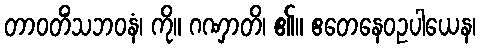
တာဝတိံသဘဝနံ၊ ကို။ ဂဏှာတိ၊ ၏။ ဧတေနေဝဥပါယေန၊